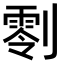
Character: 𠟨